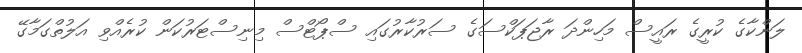
ލަންކާގެ ކުރީގެ ރައީސް މަހިންދަ ރާޖަޕަކްސަގެ ސަރުކާރުގައި ސްޕޯޓްސް މިނިސްޓަރުކަން ކުރެއްވި އަލުތްގަމާގޭ